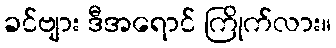
ခင်ဗျား ဒီအရောင် ကြိုက်လား။